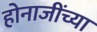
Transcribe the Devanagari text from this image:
होनाजींच्या